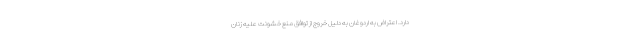
دارد. اعتراض به اردوغان به دلیل خروج از توافق منع خشونت علیه زنان